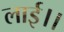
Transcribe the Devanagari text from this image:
लाई।।